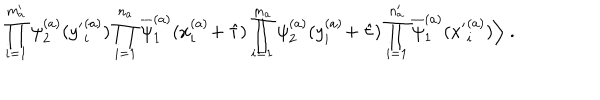
\prod _ { i = 1 } ^ { m _ { a } ^ { \prime } } \psi _ { 2 } ^ { ( a ) } ( { y ^ { \prime } } _ { i } ^ { ( a ) } ) \prod _ { i = 1 } ^ { n _ { a } } \overline { { { \psi } } } _ { 1 } ^ { ( a ) } ( x _ { i } ^ { ( a ) } \! + \hat { \tau } ) \prod _ { i = 1 } ^ { m _ { a } } \psi _ { 2 } ^ { ( a ) } ( y _ { i } ^ { ( a ) } \! + \hat { \tau } ) \prod _ { i = 1 } ^ { n _ { a } ^ { \prime } } \overline { { { \psi } } } _ { 1 } ^ { ( a ) } ( { x ^ { \prime } } _ { i } ^ { ( a ) } ) \Big \rangle \; .